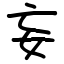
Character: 妄